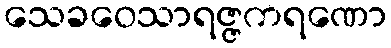
သေခဝေသာရဇ္ဇကရဏော